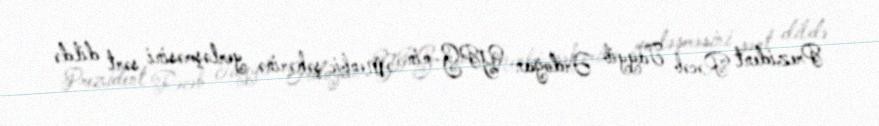
Prezident Rəcəb Tayyib Ərdoğan YPG-nin Menbic şəhərinə yerləşməsini sərt dildə